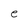
Character: e